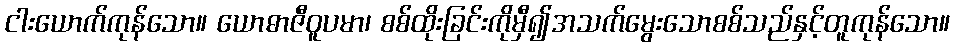
ငါးယောက်ကုန်သော။ ယောဓာဇီဝူပမာ၊ စစ်ထိုးခြင်းကိုမှီ၍အသက်မွေးသောစစ်သည်နှင့်တူကုန်သော။